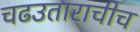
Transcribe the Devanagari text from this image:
चढउताराचीच